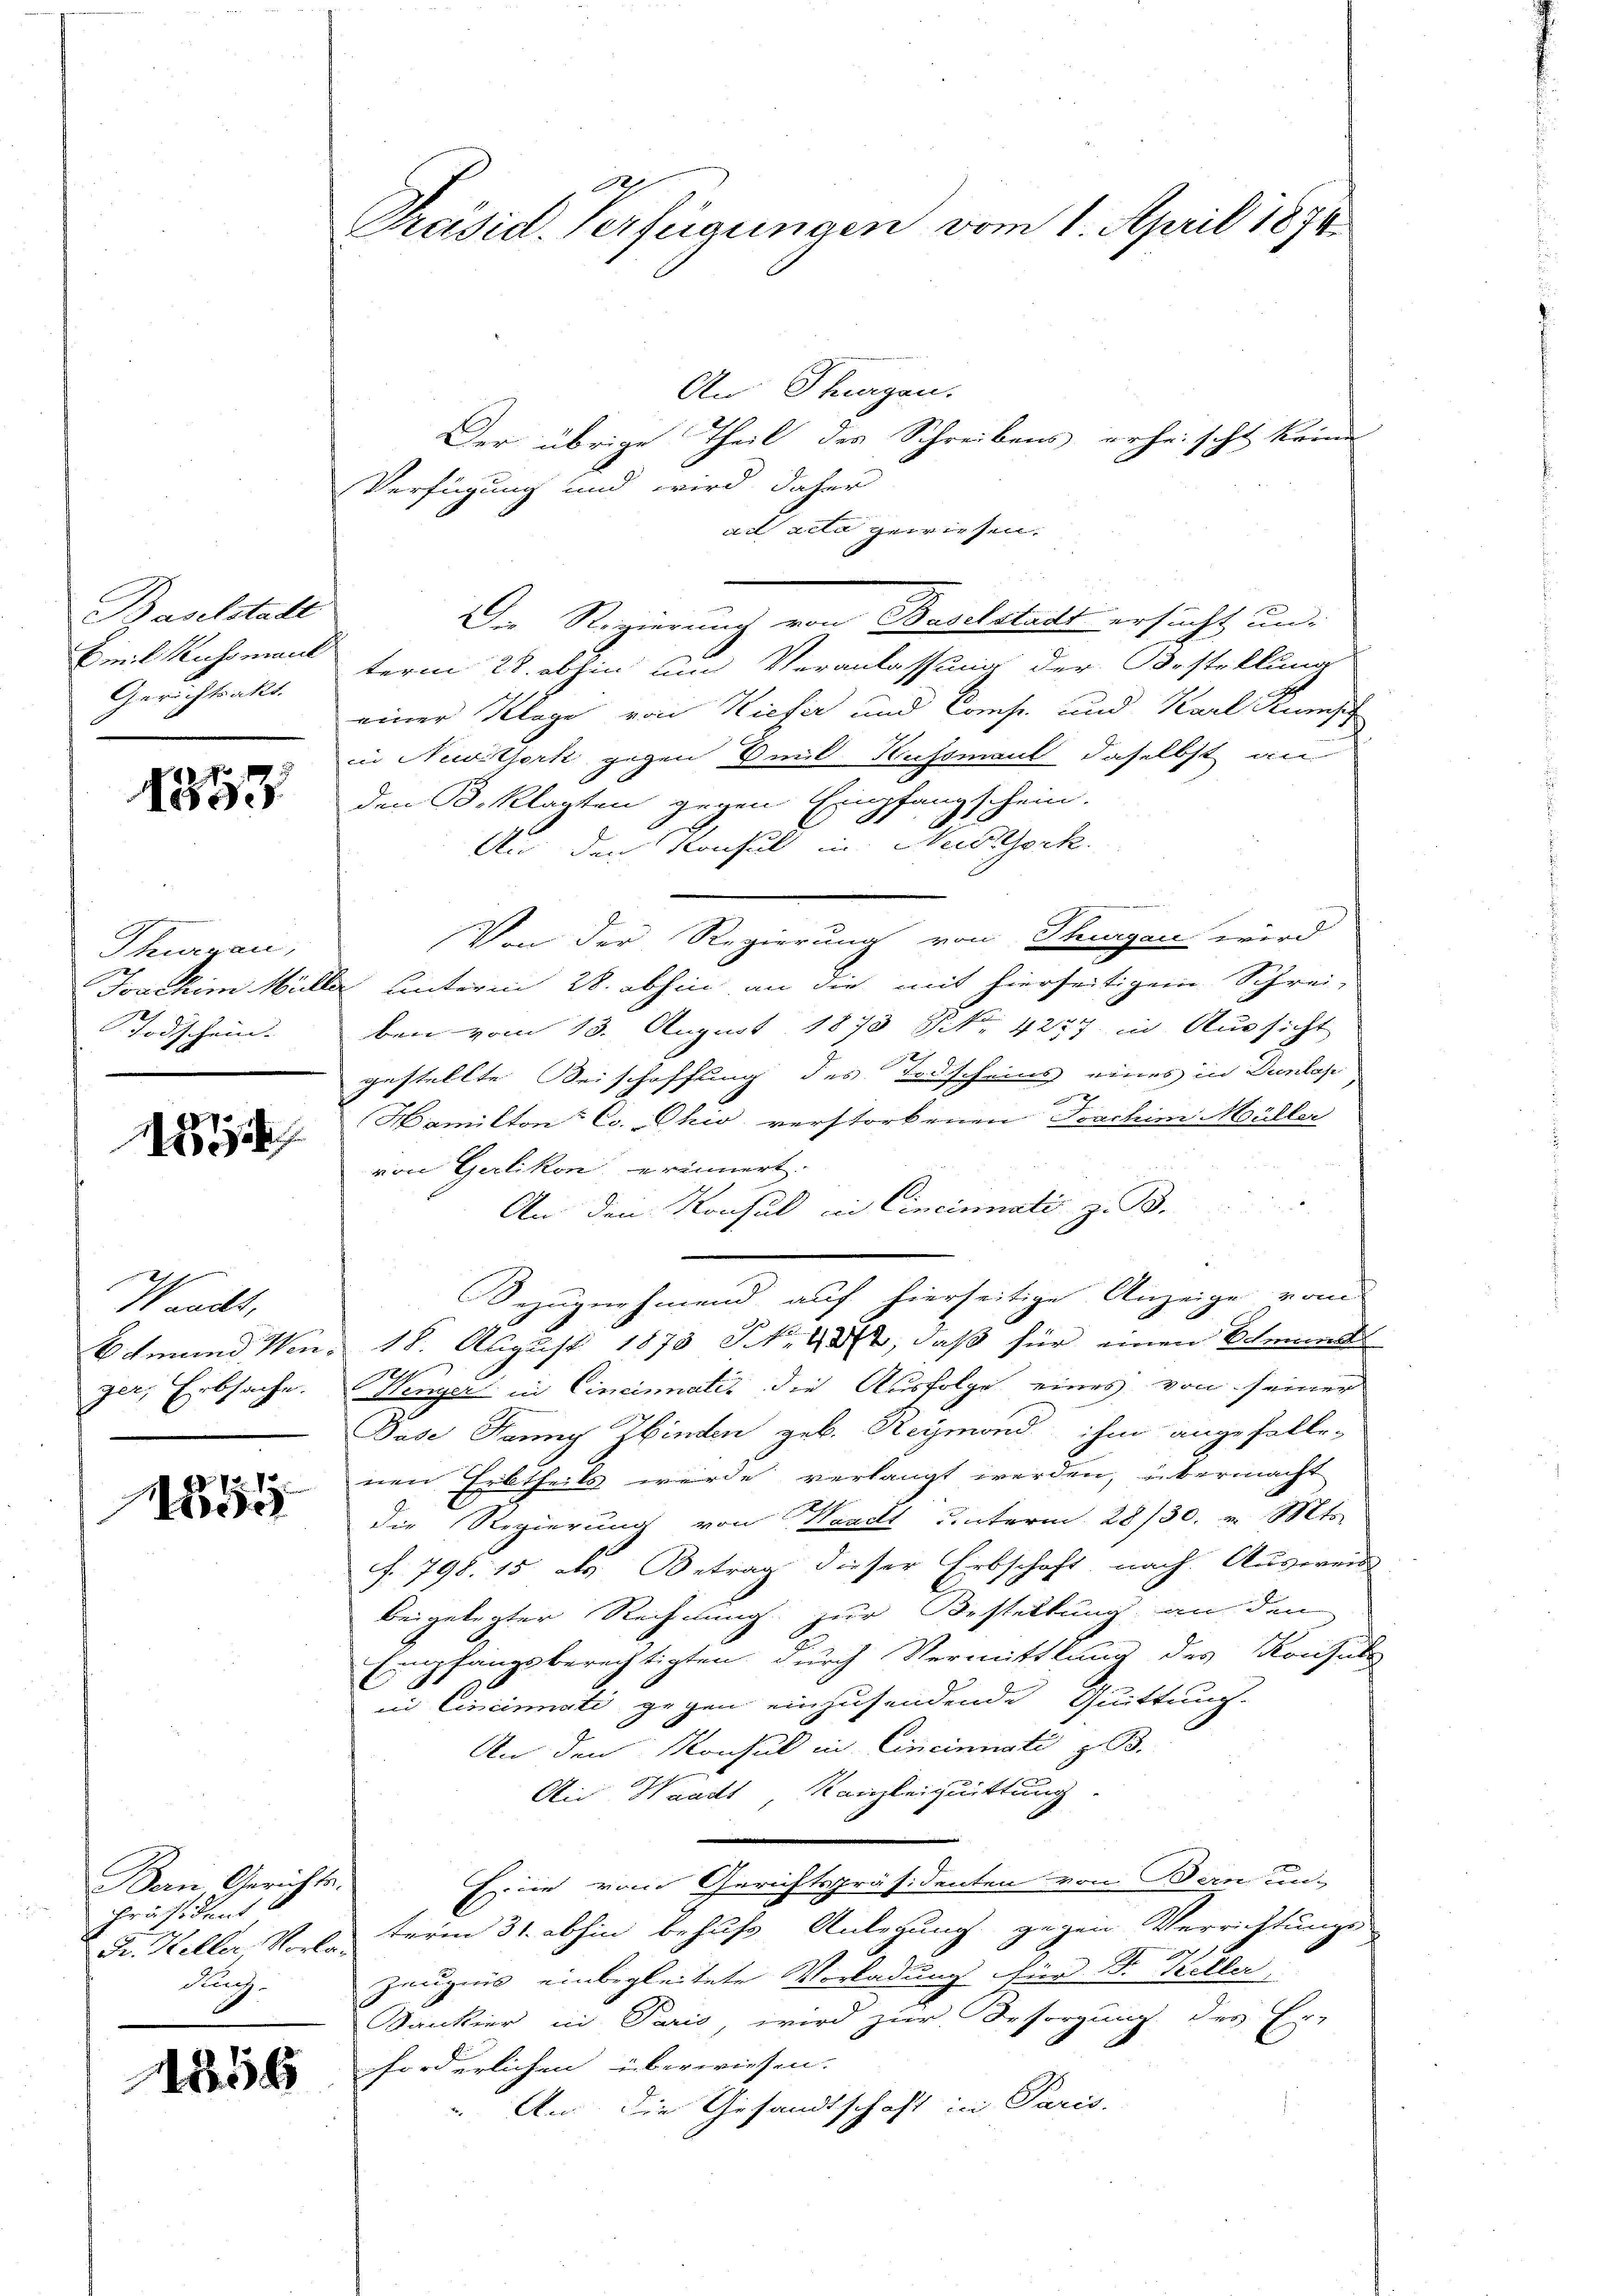
Baselstadt
Emil Kussmaul
Gerichtsakt

1857

Thrau,
Todschein.

12

Wands,
ger, Erbsache.

1855

Bern Gerichtes.
präsident
Rach-

1856

d
Präsid. Verfügungen vom 1. April 1874.

An Thurgen.
Der übrige Theil des Schreibens erheischt keine
Verfügung und wird daher
ad acta gewiesen.
Der Regierung von Baselstadt ersucht un
term 28. abhin und Veranlassung der Bestellung
einer Klage von Kiefer und Conse und Karl Rumsch
in Neuitzork gegen mit Hussmant daselbst an
den Beklagten gegen Empfangschein.
a
Aus den Konsul in Nestock.
Von der Regierung von Thurgau wird
Joachim Müller unterm 28. abhin an die mit hierseitigem Schrei-
ben vom 13. August 1873 NNo. 4227 in Aussicht
gestellte Seischaffung des Todscheins eines in Dunkop
x
Mamilton Co. Ohio verstorbenen Joachim Müller
von Gerlikon erinnert.
An den Konsul in Cincinati z. B.
Bezugnehmend auf hierseitige Anzeige vom
Bemand Ven. 18. August 1873 NNo. 48, daß für einen Scheund
2
Fenyer in Cincinatis die Ausfolge eines von seiner
Base Fanny Ibinden geb. Reymond ihm angefalle-
nen Erbtheils werde verlangt werden, übermacht
die Regierung von Waadt unterm 28/30. v. Mts.
. 798. 15 als Betrag dieser Erbschaft, nach Ausweis
beigelegter Rechnung zur Bestellung an den
Empfangsberechtigten durch Vermittlung des Konsule
in Cincinati gegen einzusendende Quittung.
An den Konsul in Cincinnati z. B.
Ain Waadts Kanzleiquittung.
Eine vom Gerichtspräsidenten von Bern un-
Fr. Keller, Vorle term 31. abhin behufs Anlegung gegen Verrichtungs-
Zeugnis einbegleitete Vorladung für Sr. Keller
Dankier in Paris, wird zur Besorgung des Er-
forderlichen überwiesen.
An die Gesandtschaft in Paris